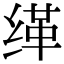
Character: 缂